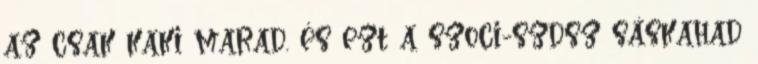
az csak kaki marad. és ezt a szoci-szdsz sáskahad